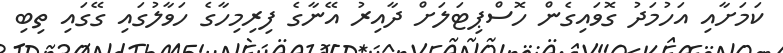
ކަމަށާއި އަހުމަދު ގޮވައިގެން ހޮސްޕިޓަލަށް ދާއިރު އޭނާގެ ފިރިމިހާގެ ހަވާލުގައި ގޭގައި ތިބި